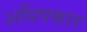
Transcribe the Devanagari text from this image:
अधिपकार